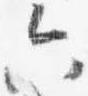
六